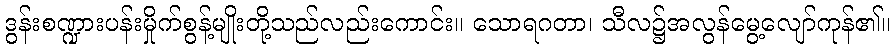
ဒွန်းစဏ္ဍားပန်းမှိုက်စွန့်မျိုးတို့သည်လည်းကောင်း။ သောရဂတာ၊ သီလ၌အလွန်မွေ့လျော်ကုန်၏။